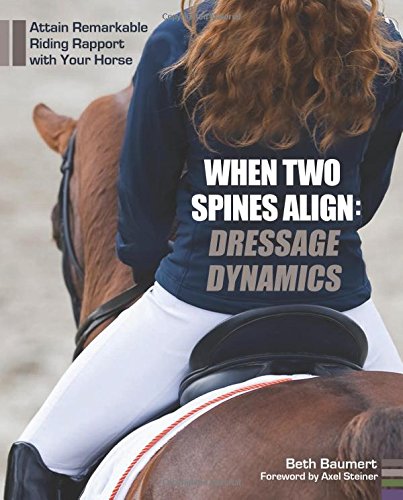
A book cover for When Two Spines Align: Dressage Dynamics: Attain Remarkable Riding Rapport with Your Horse; Beth Baumert; Crafts, Hobbies & Home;